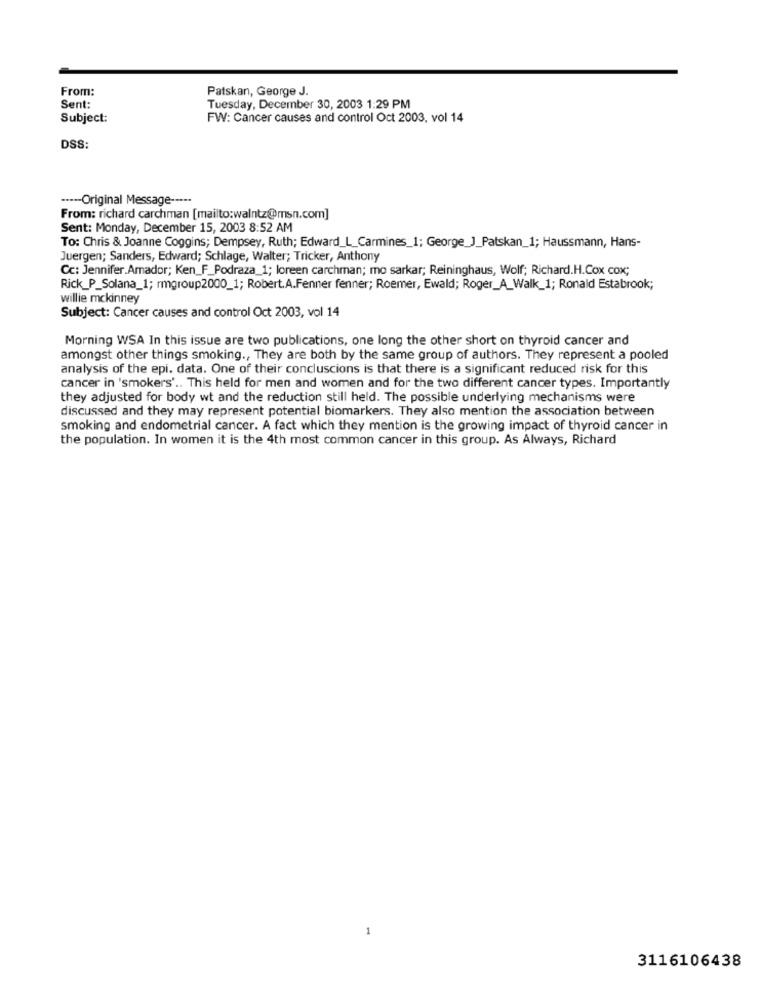
From:
Patskan, George J.
Sent:
Tuesday, December 30, 2003 1:29 PM
Subject:
FW: Cancer causes and control Oct 2003, vol 14
DSS:
----- Original Message -----
From: richard carchman [mailto:walntz@msn.com]
Sent: Monday, December 15, 2003 8:52 AM
To: Chris & Joanne Coggins; Dempsey, Ruth; Edward_L_Carmines_1; George_J_Patskan_1; Haussmann, Hans-
Juergen; Sanders, Edward; Schlage, Walter; Tricker, Anthony
Cc: Jennifer.Amador; Ken_F_Podraza_1; loreen carchman; mo sarkar; Reininghaus, Wolf; Richard.H.Cox cox;
Rick_P_Solana_1; rmgroup2000_1; Robert.A.Fenner fenner; Roemer, Ewald; Roger_A_Walk_1; Ronald Estabrook;
willie mckinney
Subject: Cancer causes and control Oct 2003, vol 14
Morning WSA In this issue are two publications, one long the other short on thyroid cancer and
amongst other things smoking ., They are both by the same group of authors. They represent a pooled
analysis of the epi. data. One of their concluscions is that there is a significant reduced risk for this
cancer in 'smokers' .. This held for men and women and for the two different cancer types. Importantly
they adjusted for body wt and the reduction still held. The possible underlying mechanisms were
discussed and they may represent potential biomarkers. They also mention the association between
smoking and endometrial cancer. A fact which they mention is the growing impact of thyroid cancer in
the population. In women it is the 4th most common cancer in this group. As Always, Richard
3116106438